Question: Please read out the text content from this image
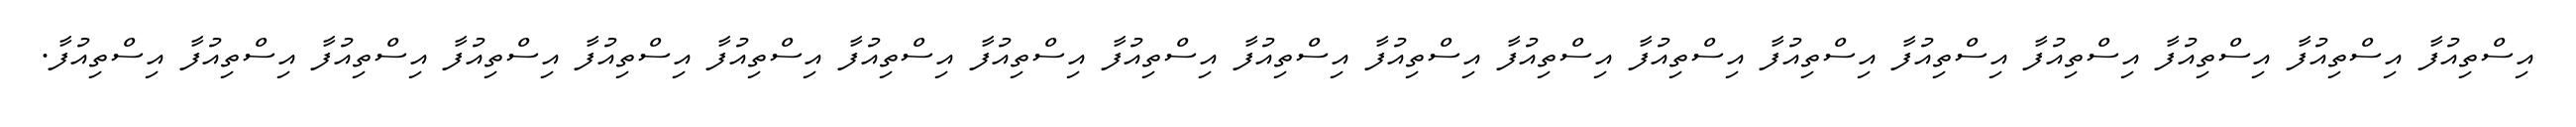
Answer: އިސްތިއުފާ އިސްތިއުފާ އިސްތިއުފާ އިސްތިއުފާ އިސްތިއުފާ އިސްތިއުފާ އިސްތިއުފާ އިސްތިއުފާ އިސްތިއުފާ އިސްތިއުފާ އިސްތިއުފާ އިސްތިއުފާ އިސްތިއުފާ އިސްތިއުފާ އިސްތިއުފާ އިސްތިއުފާ އިސްތިއުފާ އިސްތިއުފާ އިސްތިއުފާ.